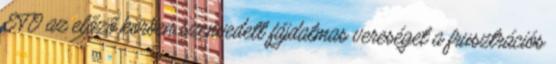
ETO az előző körben szenvedett fájdalmas vereséget a frusztrációs